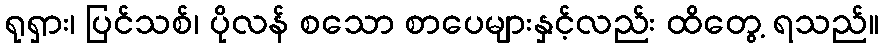
ရုရှား၊ ပြင်သစ်၊ ပိုလန် စသော စာပေများနှင့်လည်း ထိတွေ့ ရသည်။